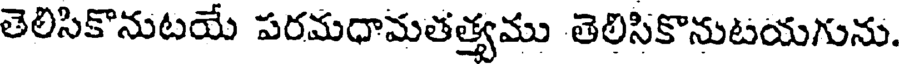
తెలిసికొనుటయే పరమధామతత్యము తెలిసికొనుటయగును.